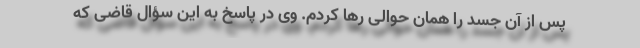
پس از آن جسد را همان حوالی رها کردم. وی در پاسخ به این سؤال قاضی که